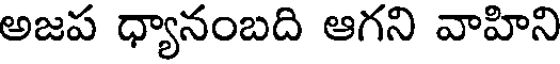
అజప ధ్యానంబది ఆగని వాహిని